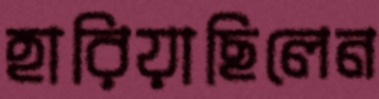
হারিয়াছিলেন